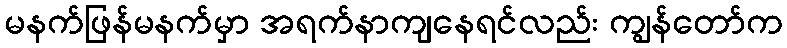
မနက်ဖြန်မနက်မှာ အရက်နာကျနေရင်လည်း ကျွန်တော်က